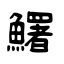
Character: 鱰